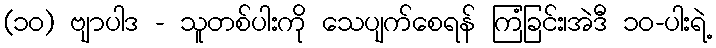
(၁၀) ဗျာပါဒ - သူတစ်ပါးကို သေပျက်စေရန် ကြံခြင်း၊အဲဒီ ၁၀-ပါးရဲ့